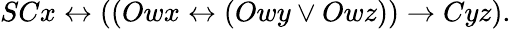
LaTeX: SCx\leftrightarrow((Owx\leftrightarrow(Owy\lor Owz))\rightarrow Cyz).